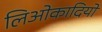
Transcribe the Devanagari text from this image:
लिओकादियो